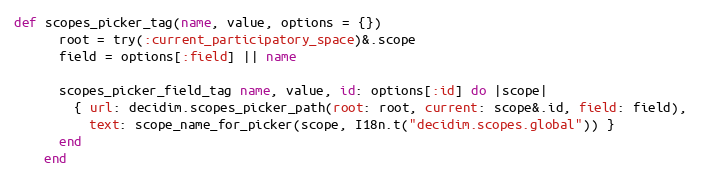
Language: Ruby
def scopes_picker_tag(name, value, options = {})
      root = try(:current_participatory_space)&.scope
      field = options[:field] || name

      scopes_picker_field_tag name, value, id: options[:id] do |scope|
        { url: decidim.scopes_picker_path(root: root, current: scope&.id, field: field),
          text: scope_name_for_picker(scope, I18n.t("decidim.scopes.global")) }
      end
    end